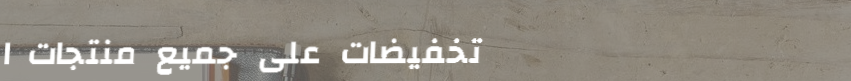
تخفيضات على جميع منتجات ا